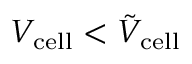
V _ { \mathrm { c e l l } } < \tilde { V } _ { \mathrm { c e l l } }